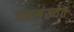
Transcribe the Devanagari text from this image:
जनसंख्येत